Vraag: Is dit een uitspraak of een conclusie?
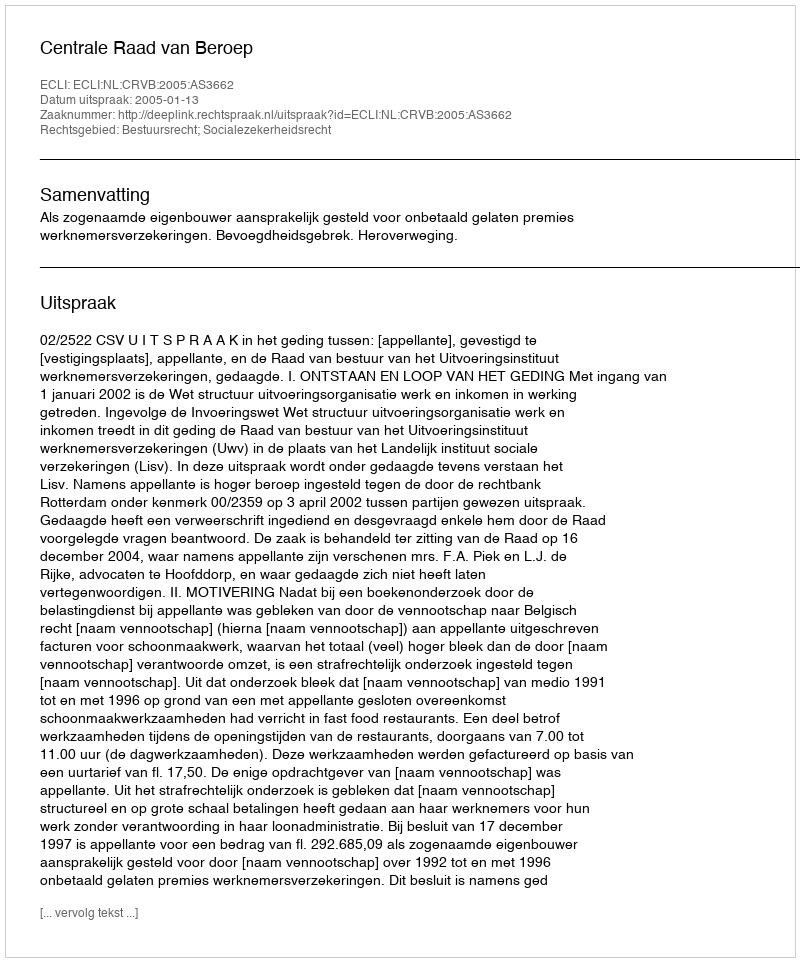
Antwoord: Uitspraak